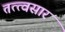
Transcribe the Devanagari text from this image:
तत्त्वसार